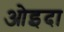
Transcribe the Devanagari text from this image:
ओइदा